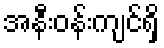
အနီးဝန်းကျင်ရှိ